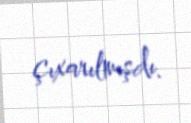
çıxarılmışdı.